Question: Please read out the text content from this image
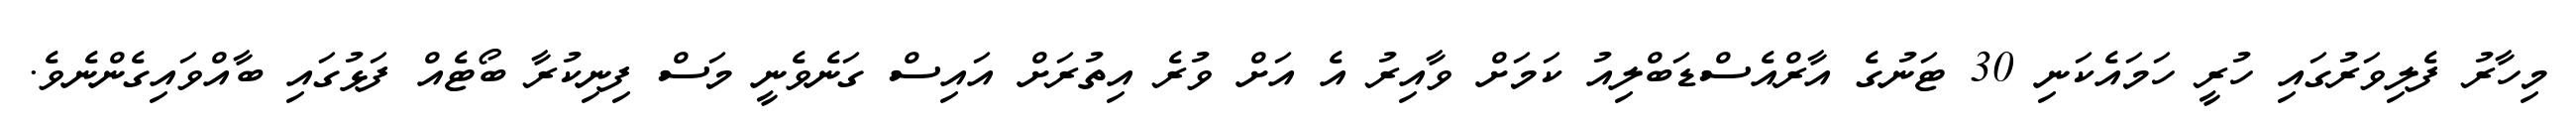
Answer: މިހާރު ފެލިވަރުގައި ހުރީ ހަމައެކަނި 30 ޓަނުގެ އާރްއެސްޑަބްލިއު ކަމަށް ވާއިރު އެ އަށް ވުރެ އިތުރަށް އައިސް ގަނެވެނީ މަސް ފިނިކުރާ ބޯޓެއް ފަޅުގައި ބާއްވައިގެންނެވެ.